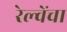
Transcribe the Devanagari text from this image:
रेल्वेंचा